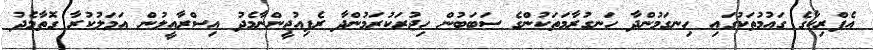
އެފްރިކާގެ ގައުމުތަކުގައި ހިނގަމުންދާ ހަނގުރާމަތަކުންގެ ސަބަބުން ހިޖުރަކުރަމުންދާ ރެފިއުޖީންނާމެދު އިސްރާއީލުން އަމަލުކުރާ ގޮތާމެދު